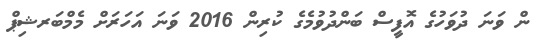
ން ވަނަ ދުވަހުގެ އޮފީސް ބަންދުވުމެގެ ކުރިން 2016 ވަނަ އަހަރަށް މެމްބަރޝިޕް